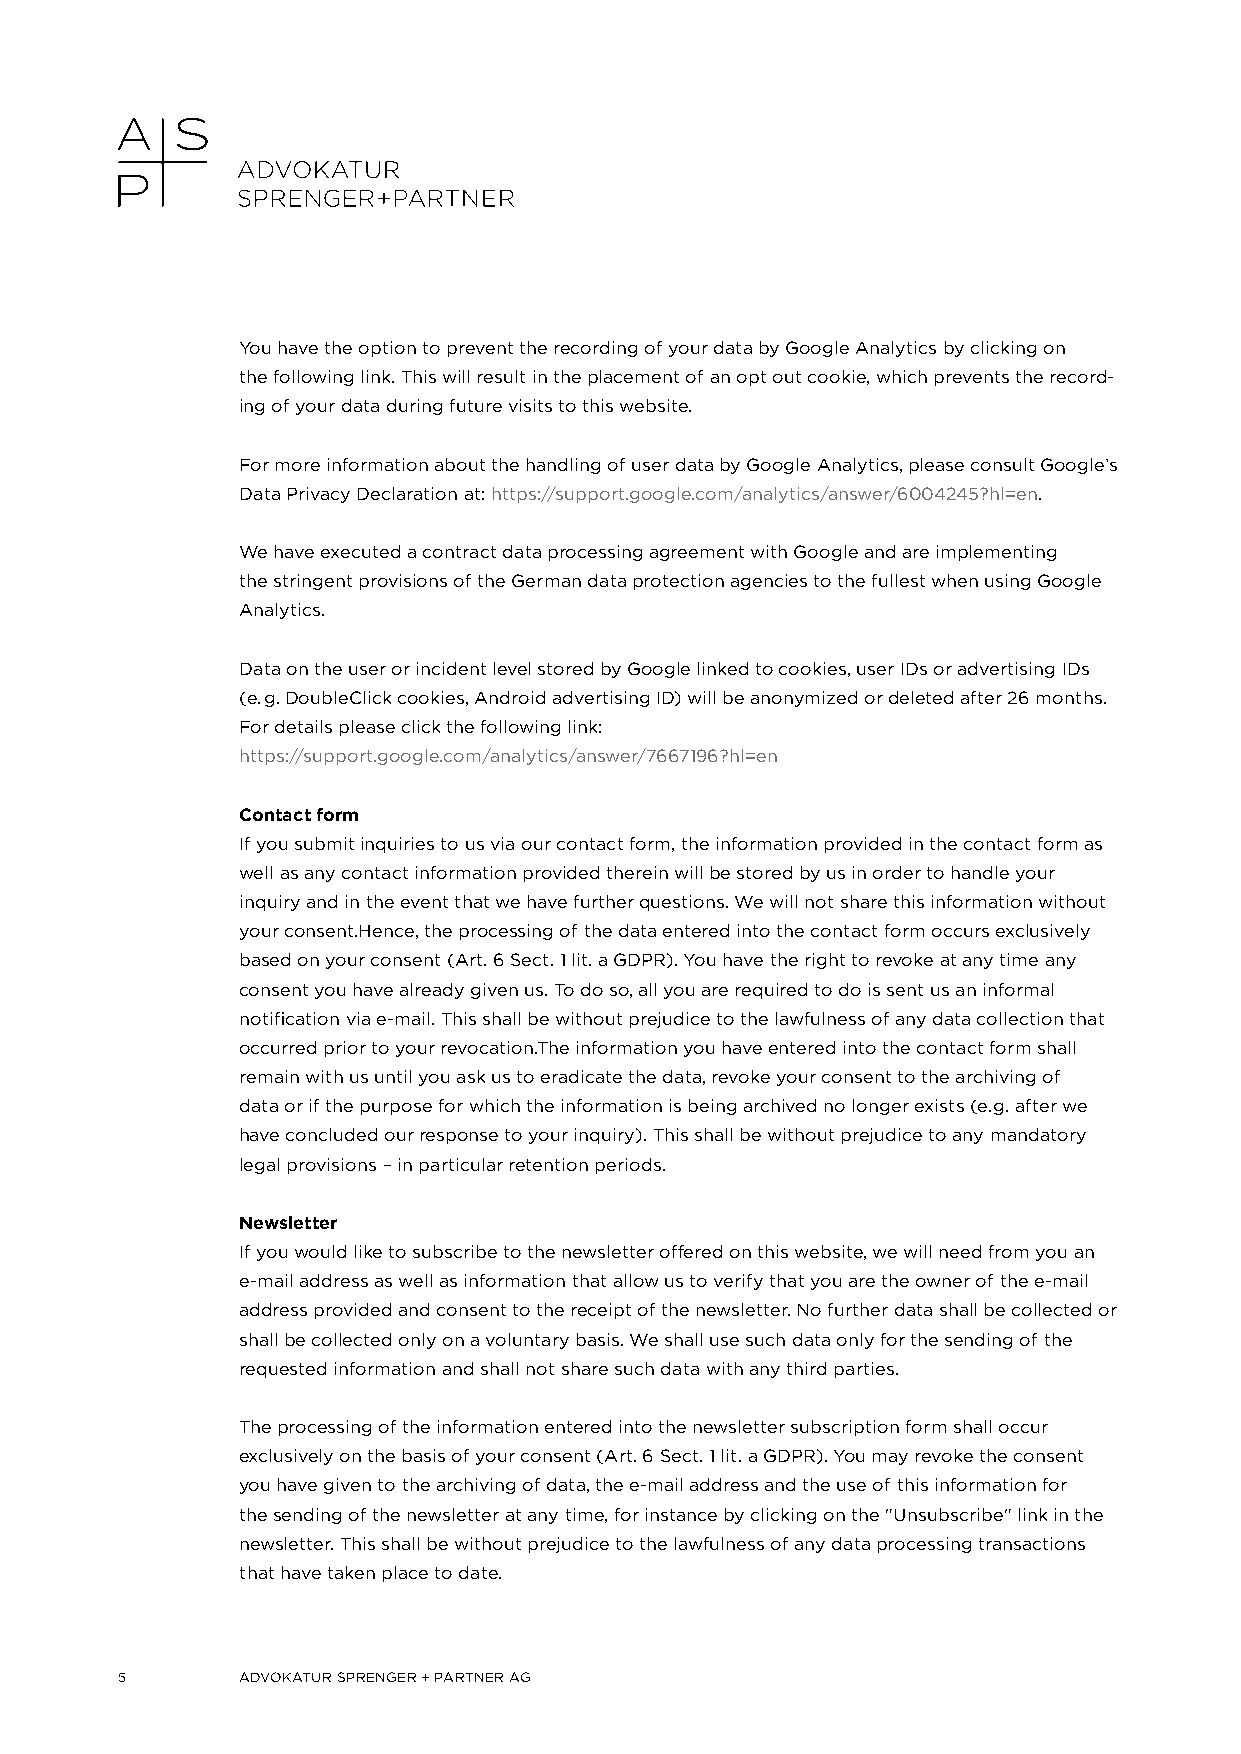
You have the option to prevent the recording of your data by Google Analytics by clicking on
 the following link. This will result in the placement of an opt out cookie, which prevents the record-
 ing of your data during future visits to this website.
 For more information about the handling of user data by Google Analytics, please consult Google’s
 Data Privacy Declaration at: https://support.google.com/analytics/answer/6004245?hl=en.
 We have executed a contract data processing agreement with Google and are implementing
 the stringent provisions of the German data protection agencies to the fullest when using Google
 Analytics.
 Data on the user or incident level stored by Google linked to cookies, user IDs or advertising IDs
 (e. g. DoubleClick cookies, Android advertising ID) will be anonymized or deleted after 26 months.
 For details please click the following link:
 https://support.google.com/analytics/answer/7667196?hl=en
 Contact form
 If you submit inquiries to us via our contact form, the information provided in the contact form as
 well as any contact information provided therein will be stored by us in order to handle your
 inquiry and in the event that we have further questions. We will not share this information without
 your consent.Hence, the processing of the data entered into the contact form occurs exclusively
 based on your consent (Art. 6 Sect. 1 lit. a GDPR). You have the right to revoke at any time any
 consent you have already given us. To do so, all you are required to do is sent us an informal
 notification via e-mail. This shall be without prejudice to the lawfulness of any data collection that
 occurred prior to your revocation.The information you have entered into the contact form shall
 remain with us until you ask us to eradicate the data, revoke your consent to the archiving of
 data or if the purpose for which the information is being archived no longer exists (e. g. after we
 have concluded our response to your inquiry). This shall be without prejudice to any mandatory
 legal provisions – in particular retention periods.
 Newsletter
 If you would like to subscribe to the newsletter offered on this website, we will need from you an
 e-mail address as well as information that allow us to verify that you are the owner of the e-mail
 address provided and consent to the receipt of the newsletter. No further data shall be collected or
 shall be collected only on a voluntary basis. We shall use such data only for the sending of the
 requested information and shall not share such data with any third parties.
 The processing of the information entered into the newsletter subscription form shall occur
 exclusively on the basis of your consent (Art. 6 Sect. 1 lit. a GDPR). You may revoke the consent
 you have given to the archiving of data, the e-mail address and the use of this information for
 the sending of the newsletter at any time, for instance by clicking on the "Unsubscribe" link in the
 newsletter. This shall be without prejudice to the lawfulness of any data processing transactions
 that have taken place to date.
 5       ADVOKATUR SPRENGER + PARTNER AG